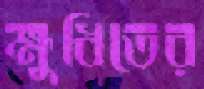
ক্ষুধিতের